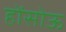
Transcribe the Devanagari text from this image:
होंसोऊ